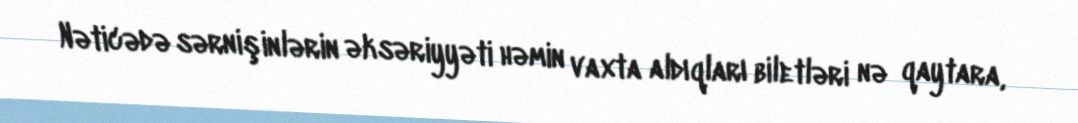
Nəticədə sərnişinlərin əksəriyyəti həmin vaxta aldıqları biletləri nə qaytara,